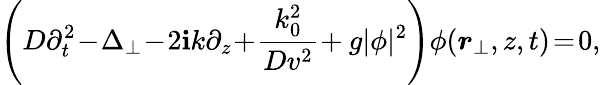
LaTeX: \left(D\partial_{t}^{2}\! -\! \Delta_{\perp}\! -\! 2\mathbf{i}k\partial_{z}\! +\! \frac{{k_{0}^{2}}}{{Dv^{2}}}\! +g|\phi|^{2}\right)\phi({\boldsymbol{r}}_{\perp},z,t)\! =\! 0,